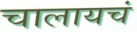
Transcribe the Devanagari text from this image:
चालायचं